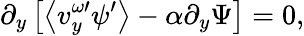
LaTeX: \partial_{y}\left[\left\langle v_{y}^{\omega\prime}\psi^{\prime}\right\rangle-\alpha\partial_{y}\Psi\right]=0,